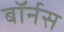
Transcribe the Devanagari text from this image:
बॉर्नस